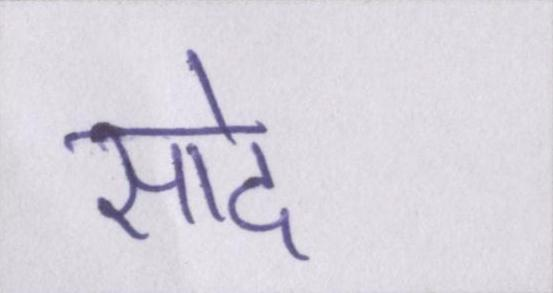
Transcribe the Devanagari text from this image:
सादे